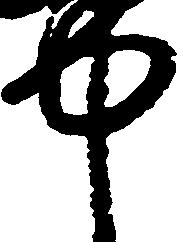
中